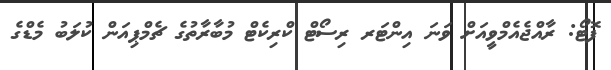
ފޮޓޯ: ރާއްޖެއެމްވީއަށް ވަނަ އިންޓަރ ރިސޯޓް ކްރިކެޓް މުބާރާތުގެ ޗެމްޕިއަން ކުލަބު މެޑްގެ